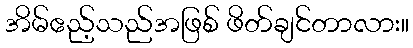
အိမ်ဧည့်သည်အဖြစ် ဖိတ်ချင်တာလား။